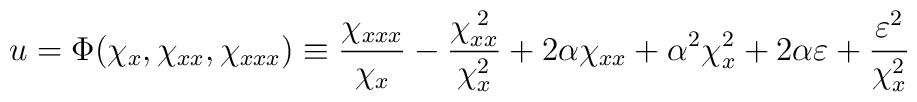
u = \Phi(\chi_x,\chi_{xx},\chi_{xxx}) \equiv\frac{\chi_{xxx}}{\chi_x} - \frac{\chi_{xx}^{\;2}}{\chi_x^2} + 2\alpha \chi_{xx} + \alpha^2 \chi_{x}^2 + 2 \alpha \varepsilon +\frac{\varepsilon^{2}}{\chi_x^2}